Vaccination in Burma 1900-1911 - 1900-1911
Year: 1900
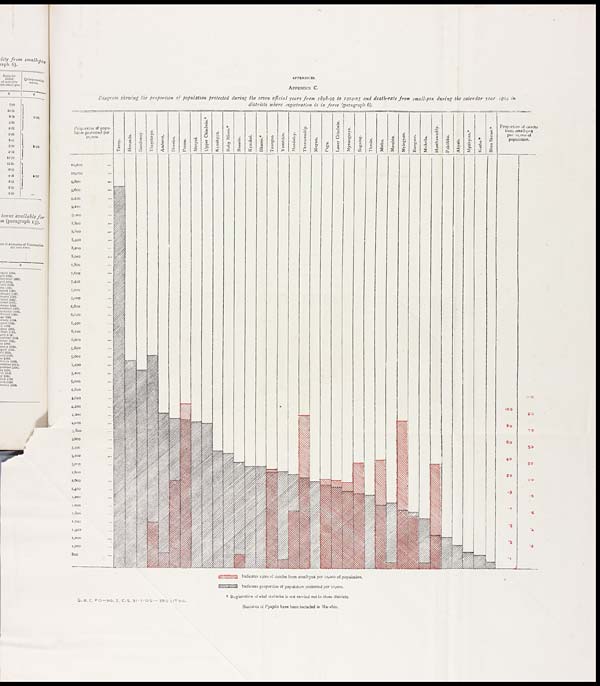
APPENDICES.
APPENDIX C.
Diagram showing the proportion of population protected during the seven official years from 1898-99 to 1904-05 and death-rate from small-pox during the calendar year 1904 in
districts where registration is in force (paragraph 6).
* Registration of vital statistics is not carried out in these districts
Statistics of Pyapôn have been included in Ma-ubin.
G.B.C.P.O—No, 2, C. S. 31 -7- 05 — 385 LITHO.